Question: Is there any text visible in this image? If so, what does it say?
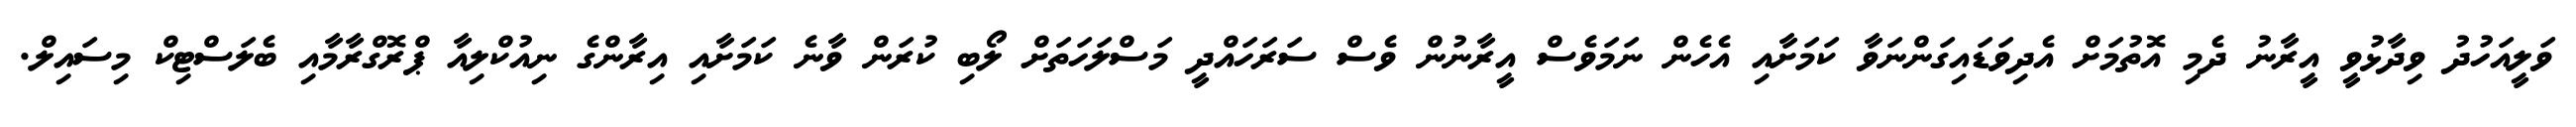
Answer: ވަލީއަހުދު ވިދާޅުވީ އީރާނު ދެމި އޮތުމަށް އެދިވަޑައިގަންނަވާ ކަމަށާއި އެހެން ނަމަވެސް އީރާނުން ވެސް ސަރަހައްދީ މަސްލަހަތަށް ލޯބި ކުރަން ވާނެ ކަމަށާއި އިރާންގެ ނިއުކްލިއާ ޕްރޮގްރާމާއި ބެލަސްޓިކް މިސައިލް.